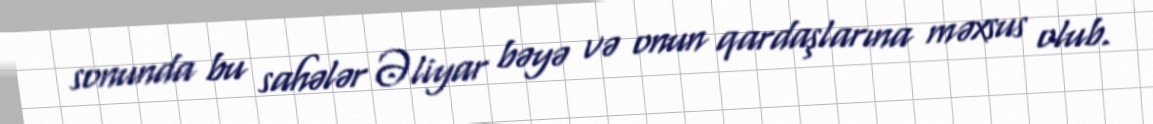
sonunda bu sahələr Əliyar bəyə və onun qardaşlarına məxsus olub.